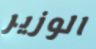
الوزير